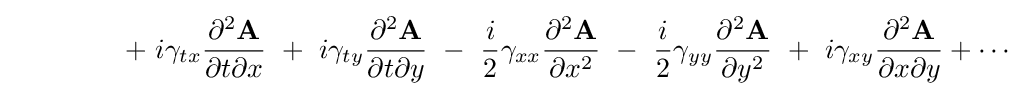
~~~~~~~~~~~~+~i\gamma _{tx}{\frac {\partial ^{2}{\textbf {A}}}{\partial t\partial x}}~+~i\gamma _{ty}{\frac {\partial ^{2}{\textbf {A}}}{\partial t\partial y}}~-~{\frac {i}{2}}\gamma _{xx}{\frac {\partial ^{2}{\textbf {A}}}{\partial x^{2}}}~-~{\frac {i}{2}}\gamma _{yy}{\frac {\partial ^{2}{\textbf {A}}}{\partial y^{2}}}~+~i\gamma _{xy}{\frac {\partial ^{2}{\textbf {A}}}{\partial x\partial y}}+\cdots